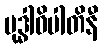
မုဒ္ဓါဓိပါတိနီ